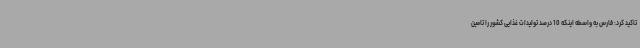
تاکید کرد: فارس به واسطه اینکه 10 درصد تولیدات غذایی کشور را تامین